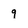
Character: 9